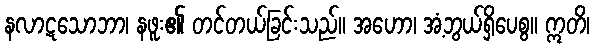
နလာဋသောဘာ၊ နဖူး၏ တင်တယ်ခြင်းသည်။ အဟော၊ အံ့ဘွယ်ရှိပေစွ။ ဣတိ၊